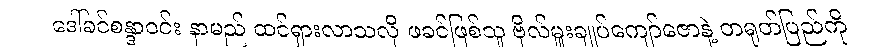
ဒေါ်ခင်စန္ဒာဝင်း နာမည် ထင်ရှားလာသလို ဖခင်ဖြစ်သူ ဗိုလ်မှူးချုပ်ကျော်ဇောနဲ့ တရုတ်ပြည်ကို